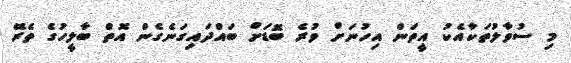
މި ސުވާލުތަކާއެކު އީތަން އިހުނަށް ވުރެ ބޮޑަށް ބައްދައިގަނެގެން އޮތް ބާލީހުގެ ތެރޭ